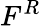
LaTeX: F^{R}